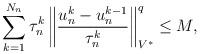
LaTeX: \begin{align*}\sum_{k=1}^{N_n}\tau^k_n\left\|\frac{u^k_n-u^{k-1}_n}{\tau^k_n}\right\|_{V^*}^q \leq M,\end{align*}